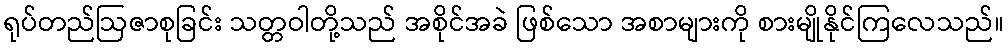
ရုပ်တည်ဩဇာစုခြင်း သတ္တဝါတို့သည် အစိုင်အခဲ ဖြစ်သော အစာများကို စားမျိုနိုင်ကြလေသည်။